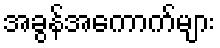
အခွန်အကောက်များ